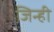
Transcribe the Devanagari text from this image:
जिन्ही